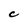
Character: C